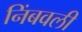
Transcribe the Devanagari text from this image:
निंबवली